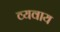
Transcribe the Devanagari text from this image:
व्यवाय